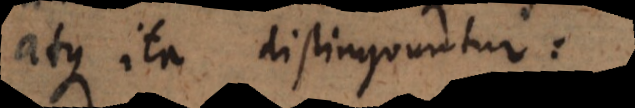
atque ita distinguuntur